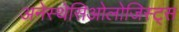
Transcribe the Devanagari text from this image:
अनेस्थेसिओलोजिस्ट्स